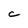
Character: C